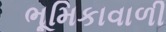
ભૂમિકાવાળી